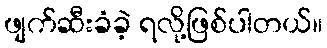
ဖျက်ဆီးခံခဲ့ ရလို့ဖြစ်ပါတယ်။